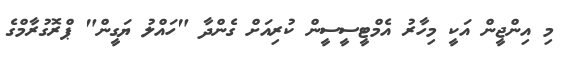
މި އިންޖީން އަކީ މިހާރު އެމްޓީސީސީން ކުރިއަށް ގެންދާ "ހައްލު ޔަގީން" ޕްރޮގުރާމްގެ